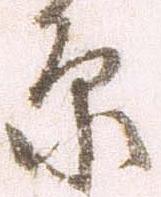
原